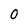
Character: O